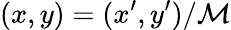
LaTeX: (x,y)=(x^{\prime},y^{\prime})/\mathcal{M}